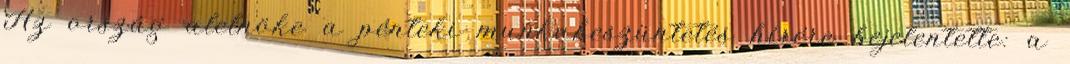
Az ország alelnöke a pénteki munkabeszüntetés hírére bejelentette: a